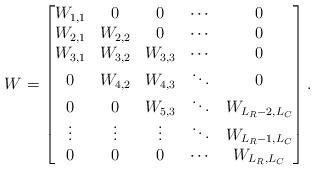
LaTeX: \begin{align*}W = \begin{bmatrix} W_{1,1} & 0 & 0 & \cdots & 0 \\ W_{2,1} & W_{2,2} & 0 & \cdots & 0\\ W_{3,1} & W_{3,2} & W_{3,3} & \cdots & 0 \\ 0 & W_{4,2}& W_{4,3} & \ddots & 0 \\ 0& 0 & W_{5,3} & \ddots & W_{L_{R}-2,L_C} \\ \vdots & \vdots & \vdots & \ddots & W_{L_{R}-1,L_C}\\ 0&0 &0 & \cdots & W_{L_R,L_C}\end{bmatrix}.\end{align*}